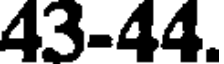
43-44.